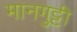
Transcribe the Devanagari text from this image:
मानगुट्टी